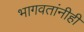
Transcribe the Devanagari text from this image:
भागवतांनीही